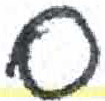
אות: ס